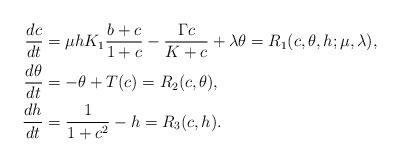
LaTeX: \begin{align*}\frac{dc}{dt}&=\mu hK_1\frac{b+c}{1+c}-\frac{\Gamma c}{K+c}+\lambda \theta=R_1(c,\theta,h;\mu,\lambda),\\\frac{d \theta}{dt}&=-\theta+T(c)=R_2(c,\theta),\\\frac{dh}{dt}&=\frac{1}{1+c^2}-h=R_3(c,h).\end{align*}